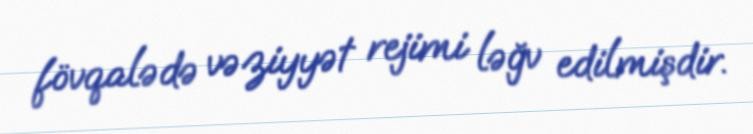
fövqalədə vəziyyət rejimi ləğv edilmişdir.